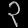
Digit: ၃